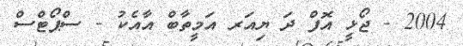
2004 - ޖޯޅީ އޮފް ދަ ޔިއަރ އަމީތާބް އާއެކު - ސްޕޯޓްސް